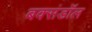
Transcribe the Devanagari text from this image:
बक्संडाॅल